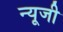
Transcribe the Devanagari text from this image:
न्यूजी